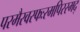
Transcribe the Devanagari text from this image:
परमैरवस्फःरमपिरस्मद्